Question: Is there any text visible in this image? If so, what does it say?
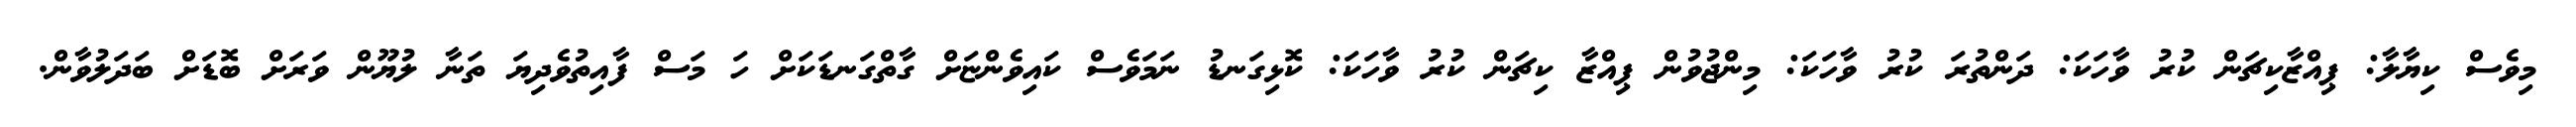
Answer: މިވެސް ކިޔާލާ: ޕިއްޒާކިޗަން ކުރު ވާހަކަ: ދަންތުރަ ކުރު ވާހަކަ: މިންޖުވުން ޕިއްޒާ ކިޗަން ކުރު ވާހަކަ: ކޮޅިގަނޑު ނަމަވެސް ކައިވެންޏަށް ގާތްގަނޑަކަށް ހަ މަސް ފާއިތުވެދިޔަ ތަނާ ލުޔޫން ވަރަށް ބޮޑަށް ބަދަލުވާން.